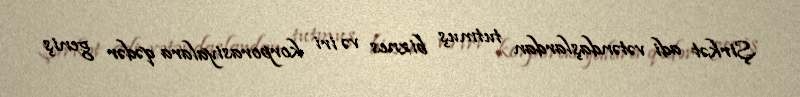
Şirkət adi vətəndaşlardan tutmuş biznes və iri korporasiyalara qədər geniş